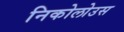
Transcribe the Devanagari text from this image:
निकोलोउस